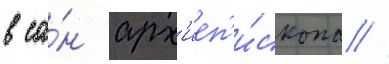
в са́н арх'иеп'и́скопа //